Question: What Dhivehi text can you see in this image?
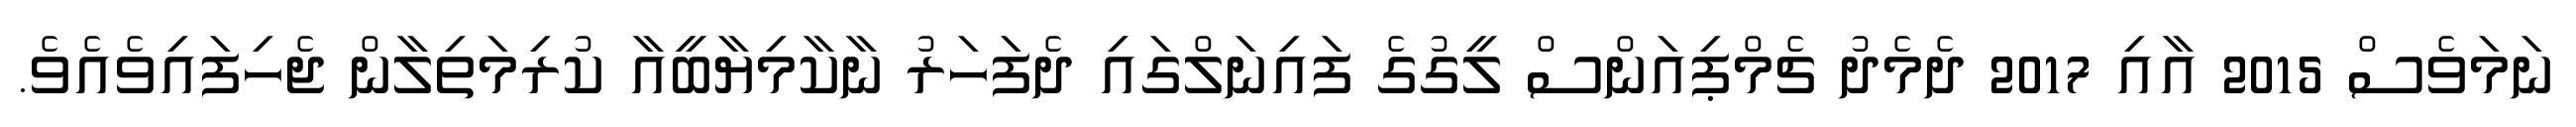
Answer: ނަމަވެސް 2015 އާއި 2017 ދެމެދު ޗެމްޕިއަންސް ލީގުގެ ފައިނަލްގައި ދެފަހަރު ނާކާމިޔާބީއާ ކުރިމަތިލާން ޖެހިފައިވެއެވެ.